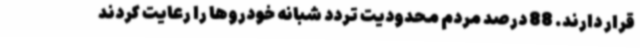
قرار دارند. 88 درصد مردم محدودیت تردد شبانه خودروها را رعایت کردند